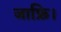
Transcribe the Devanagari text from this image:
जाफ्रि।